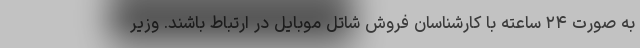
به صورت ۲۴ ساعته با کارشناسان فروش شاتل موبایل در ارتباط باشند. وزیر